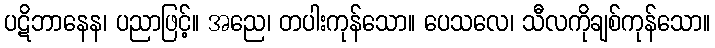
ပဋိဘာနေန၊ ပညာဖြင့်။ အညေ၊ တပါးကုန်သော။ ပေသလေ၊ သီလကိုချစ်ကုန်သော။